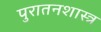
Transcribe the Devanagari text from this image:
पुरातनशास्त्र